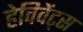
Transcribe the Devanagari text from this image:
हेविवेंट्स